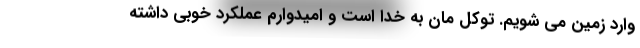
وارد زمین می شویم. توکل مان به خدا است و امیدوارم عملکرد خوبی داشته